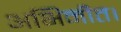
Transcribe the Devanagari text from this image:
अभिनीत।